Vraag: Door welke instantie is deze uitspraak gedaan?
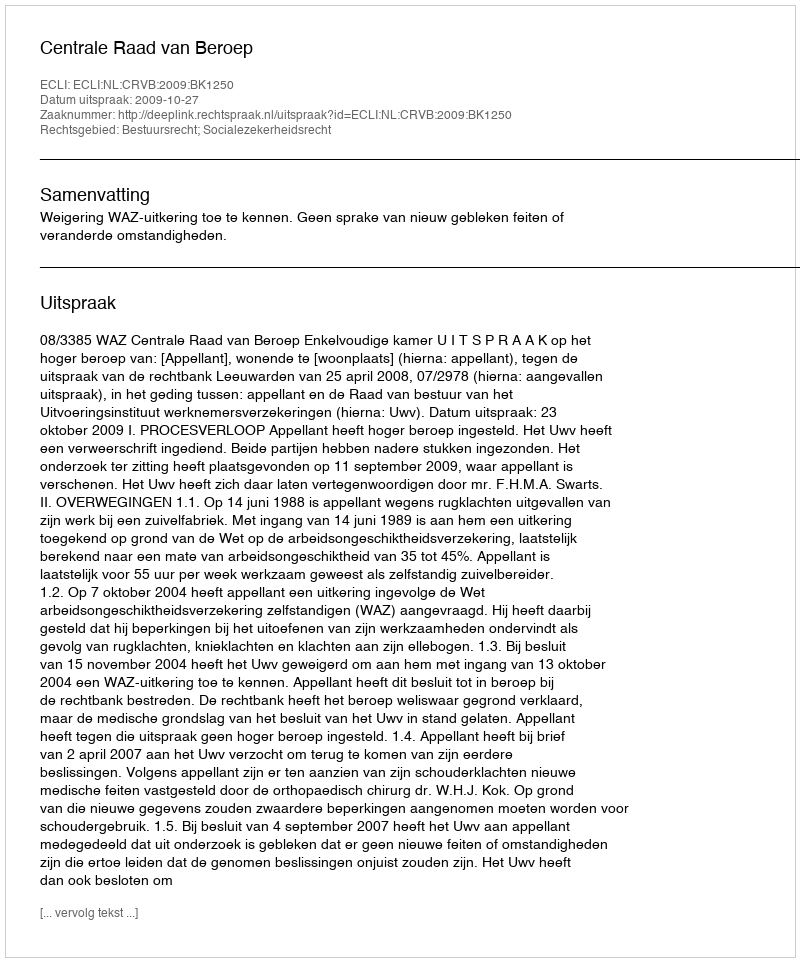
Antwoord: Centrale Raad van Beroep